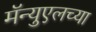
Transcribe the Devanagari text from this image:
मॅन्युएलच्या